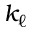
k _ { \ell }